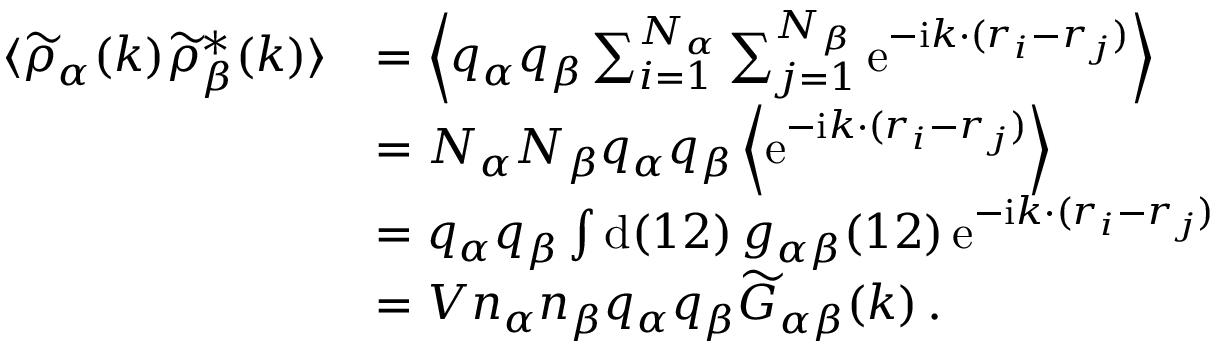
\begin{array} { r l } { \langle \widetilde { \rho } _ { \alpha } ( \boldsymbol { k } ) \widetilde { \rho } _ { \beta } ^ { * } ( \boldsymbol { k } ) \rangle } & { = \left\langle q _ { \alpha } q _ { \beta } \sum _ { i = 1 } ^ { N _ { \alpha } } \sum _ { j = 1 } ^ { N _ { \beta } } \mathrm { e } ^ { - \mathrm { i } \boldsymbol { k \cdot } ( \boldsymbol { r } _ { i } - \boldsymbol { r } _ { j } ) } \right\rangle } \\ & { = N _ { \alpha } N _ { \beta } q _ { \alpha } q _ { \beta } \left\langle \mathrm { e } ^ { - \mathrm { i } \boldsymbol { k \cdot } ( \boldsymbol { r } _ { i } - \boldsymbol { r } _ { j } ) } \right\rangle } \\ & { = q _ { \alpha } q _ { \beta } \int \mathrm { d } ( 1 2 ) \, g _ { \alpha \beta } ( 1 2 ) \, \mathrm { e } ^ { - \mathrm { i } \boldsymbol { k \cdot } ( \boldsymbol { r } _ { i } - \boldsymbol { r } _ { j } ) } } \\ & { = V n _ { \alpha } n _ { \beta } q _ { \alpha } q _ { \beta } \widetilde { G } _ { \alpha \beta } ( \boldsymbol { k } ) \, . } \end{array}